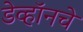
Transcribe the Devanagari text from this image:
डेव्हॉनचे